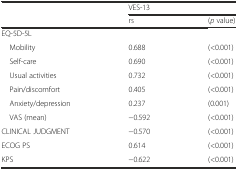
<table><thead><tr><td rowspan="2"></td><td colspan="2"><b>VES-13</b></td></tr><tr><td><b>rs</b></td><td><b>(<i>p</i> value)</b></td></tr></thead><tbody><tr><td colspan="3">EQ-5D-5L</td></tr><tr><td> Mobility</td><td>0.688</td><td>(&lt;0.001)</td></tr><tr><td> Self-care</td><td>0.690</td><td>(&lt;0.001)</td></tr><tr><td> Usual activities</td><td>0.732</td><td>(&lt;0.001)</td></tr><tr><td> Pain/discomfort</td><td>0.405</td><td>(&lt;0.001)</td></tr><tr><td> Anxiety/depression</td><td>0.237</td><td>(0.001)</td></tr><tr><td> VAS (mean)</td><td>−0.592</td><td>(&lt;0.001)</td></tr><tr><td>CLINICAL JUDGMENT</td><td>−0.570</td><td>(&lt;0.001)</td></tr><tr><td>ECOG PS</td><td>0.614</td><td>(&lt;0.001)</td></tr><tr><td>KPS</td><td>−0.622</td><td>(&lt;0.001)</td></tr></tbody></table>